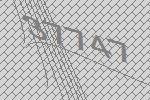
37747